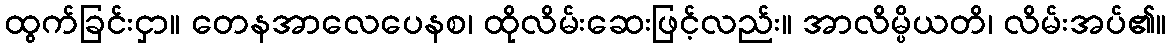
ထွက်ခြင်းငှာ။ တေနအာလေပေနစ၊ ထိုလိမ်းဆေးဖြင့်လည်း။ အာလိမ္ပိယတိ၊ လိမ်းအပ်၏။